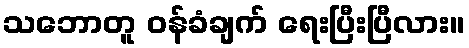
သဘောတူ ဝန်ခံချက် ရေးပြီးပြီလား။